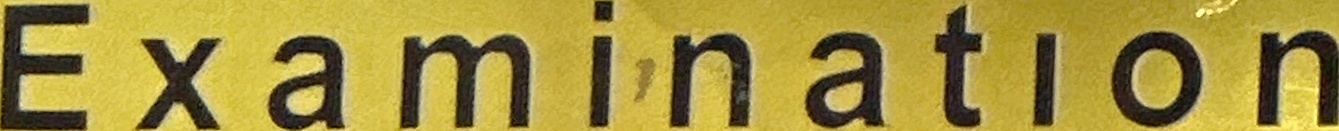
Examination